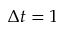
\Delta t = 1